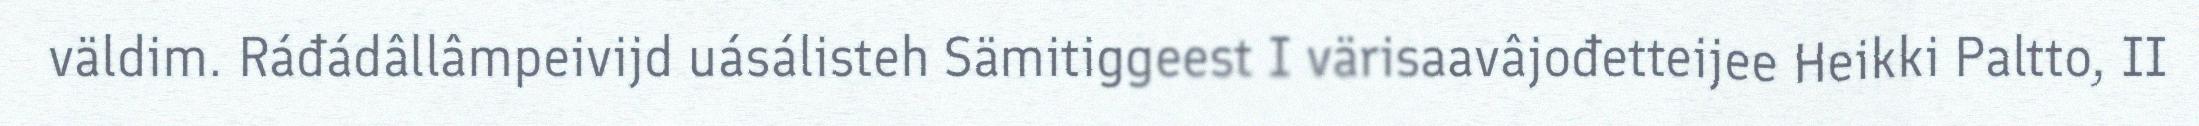
väldim. Ráđádâllâmpeivijd uásálisteh Sämitiggeest I värisaavâjođetteijee Heikki Paltto, II